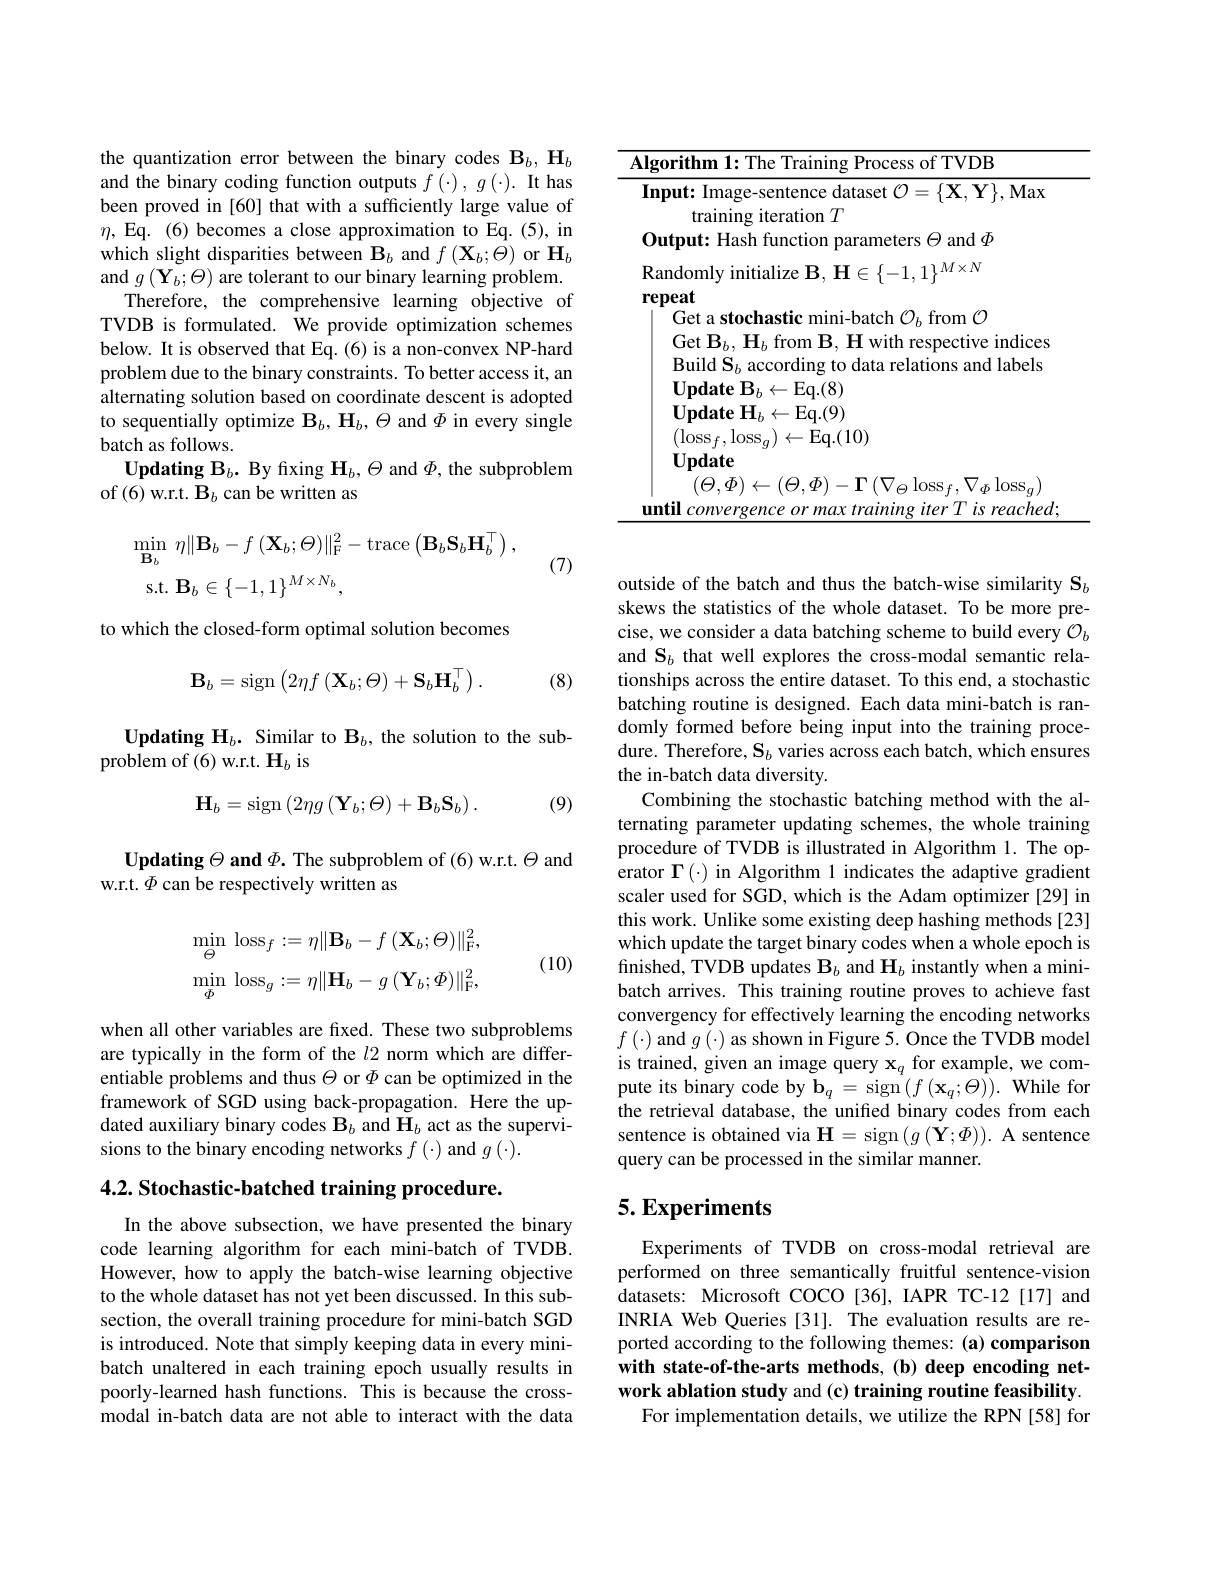
the quantization error between the binary codes $\mathbf{B}_b,\mathbf{H}_b$ and the binary coding function outputs $f\left ( \cdot \right ) , g\left ( \cdot \right ) . \textbf{It has}$ been proved in [60] that with a sufficiently large value of $\eta$,Eq.(6)becomes a close approximation to Eq.(5), in which slight disparities between $\mathbf{B}_b$ and $f\left(\mathbf{X}_{b};\Theta\right)$ or $\mathbf{H}_{b}$ and $g\left(\mathbf{Y}_{b};\Theta\right)$ are tolerant to our binary learning problem.
Therefore, the comprehensive learning objective of TVDB is formulated. We provide optimization schemes below. It is observed that Eq.(6) is a non-convex NP-hard problem due to the binary constraints. To better access it, an alternating solution based on coordinate descent is adopted to sequentially optimize $\mathbf{B}_b,\mathbf{H}_b,\Theta$ and $\Phi$ in every single batch as follows.
$\mathbf{UpdatingB}_b.$ By fixing $\mathbf{H}_b,\Theta$ and $\Phi$, the subproblem
of (6) w.r.t. $\mathbf{B}_b$ can be written as
$$\begin{aligned}&\min_{\mathbf{B}_{b}}\:\eta\|\mathbf{B}_{b}-f\:(\mathbf{X}_{b};\Theta)\|_{\mathrm{F}}^{2}-\mathrm{trace}\left(\mathbf{B}_{b}\mathbf{S}_{b}\mathbf{H}_{b}^{\top}\right),\\&\mathrm{s.t.}\:\mathbf{B}_{b}\in\{-1,1\}^{M\times N_{b}},\end{aligned}$$
(7)

to which the closed-form optimal solution becomes

(8)
$$\mathbf{B}_b=\mathrm{sign}\left(2\eta f\left(\mathbf{X}_b;\Theta\right)+\mathbf{S}_b\mathbf{H}_b^\top\right).$$
$\mathbf{UpdatingH}_{b}.$ Similar to $\mathbf{B}_{b}$, the solution to the sub-
problem of (6) w.r.t. $\mathbf{H}_b$ is
$$\mathbf{H}_{b}=\mathrm{sign}\left(2\eta g\left(\mathbf{Y}_{b};\Theta\right)+\mathbf{B}_{b}\mathbf{S}_{b}\right).$$
(9)

$\textbf{Updating}\Theta \textbf{ and }\Phi .$ The subproblem of (6) w.r.t. $\Theta$ and
w.r.t. $\Phi$ can be respectively written as
$$\operatorname*{min}_{\Theta}\:\mathrm{loss}_{f}:=\eta\|\mathbf{B}_{b}-f\:(\mathbf{X}_{b};\Theta)\|_{\mathrm{F}}^{2},\\\operatorname*{min}_{\Phi}\:\mathrm{loss}_{g}:=\eta\|\mathbf{H}_{b}-g\:(\mathbf{Y}_{b};\Phi)\|_{\mathrm{F}}^{2},$$
(10)

when all other variables are fixed. These two subproblems are typically in the form of the $l2$ norm which are differentiable problems and thus $\Theta$ or $\Phi$ can be optimized in the framework of SGD using back-propagation. Here the updated auxiliary binary codes $\mathbf{B}_b$ and $\mathbf{H}_b$ act as the supervisions to the binary encoding networks $f\left(\cdot\right)$ and $g\left(\cdot\right).$

4.2. Stochastic-batched training procedure.

In the above subsection, we have presented the binary code learning algorithm for each mini-batch of TVDB. However, how to apply the batch-wise learning objective to the whole dataset has not yet been discussed. In this subsection, the overall training procedure for mini-batch SGD is introduced. Note that simply keeping data in every minibatch unaltered in each training epoch usually results in poorly-learned hash functions. This is because the crossmodal in-batch data are not able to interact with the data

<table>
	<tbody>
		<tr>
			<td>$AI$</td>
			<td>rithm 1: The Training Process of TVDB</td>
		</tr>
		<tr>
			<td>$\mathbf{I}$</td>
			<td>$\textbf{out: Image- sentence dataset }\mathcal{O} = \{ \mathbf{X} , \mathbf{Y} \} $,Max training iteration $T$</td>
		</tr>
		<tr>
			<td> </td>
			<td>tput: Hash function parameters $\Theta$ and $\Phi$</td>
		</tr>
	</tbody>
</table>

outside of the batch and thus the batch-wise similarity $\mathbf{S}_b$ skews the statistics of the whole dataset. To be more precise, we consider a data batching scheme to build every $\mathcal{O}_b$ and S$_b$ that well explores the cross-modal semantic relationships across the entire dataset. To this end, a stochastic batching routine is designed. Each data mini-batch is randomly formed before being input into the training procedure. Therefore, $\mathbf{S}_b$ varies across each batch, which ensures the in-batch data diversity.
Combining the stochastic batching method with the alternating parameter updating schemes, the whole training procedure of TVDB is illustrated in Algorithm 1. The operator $\Gamma(\cdot)$ in Algorithm 1 indicates the adaptive gradient scaler used for SGD, which is the Adam optimizer [29] in this work. Unlike some existing deep hashing methods [23] which update the target binary codes when a whole epoch is finished, TVDB updates $\mathbf{B}_b$ and $\mathbf{H}_b$ instantly when a minibatch arrives. This training routine proves to achieve fast convergency for effectively learning the encoding networks $f\left(\cdot\right)$and $g\left(\cdot\right)$as shown in Figure 5. Once the TVDB model is trained, given an image query $\mathbf{x}_q$ for example, we compute its binary code by $\mathbf{b}_q=\operatorname{sign}\left(f\left(\mathbf{x}_q;\Theta\right)\right).$ While for the retrieval database, the unified binary codes from each sentence is obtained via $\mathbf{H}=\operatorname{sign}\left(g\left(\mathbf{Y};\Phi\right)\right).$ A sentence query can be processed in the similar manner.

# 5. Experiments

Experiments of TVDB on cross-modal retrieval are performed on three semantically fruitful sentence-vision datasets: Microsoft COCO[36], IAPR TC-12[17] and INRIA Web Queries [31]. The evaluation results are reported according to the following themes: (a) comparison with state-of-the-arts methods,(b) deep encoding network ablation study and (c) training routine feasibility.
For implementation details, we utilize the RPN [58] for